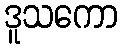
ဒူသကော